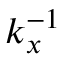
k _ { x } ^ { - 1 }